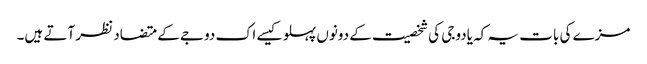
مزے کی بات یہ کہ یادوجی کی شخصیت کے دونوں پہلو کیسے اک دوجے کے متضاد نظر آتے ہیں۔